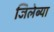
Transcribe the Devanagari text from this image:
जिलेब्या